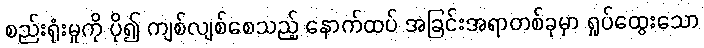
စည်းရုံးမှုကို ပို၍ ကျစ်လျစ်စေသည့် နောက်ထပ် အခြင်းအရာတစ်ခုမှာ ရှုပ်ထွေးသော